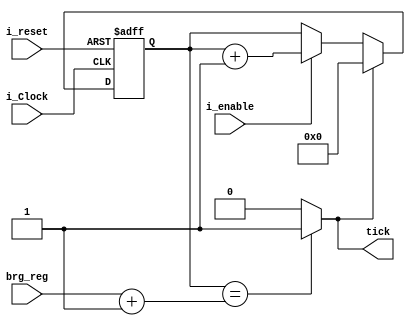
module Baud_rate (
    input        i_Clock,
    input        i_reset,
    input        i_enable,
    input  [7:0] brg_reg,
    output wire  tick
);

    reg [15:0] bit_counter;

    always @(posedge i_Clock or negedge i_reset) begin
       if (~i_reset)
            bit_counter <= 0;
	else if (tick)
		bit_counter <= 0;
        else if (i_enable == 1'b1) 
                bit_counter <= bit_counter + 1'b1;
        end
  assign tick = (bit_counter == (brg_reg + 1'b1)) ? 1'b1 : 1'b0;

endmodule